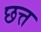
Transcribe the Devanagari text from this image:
छत्त